Subject: math
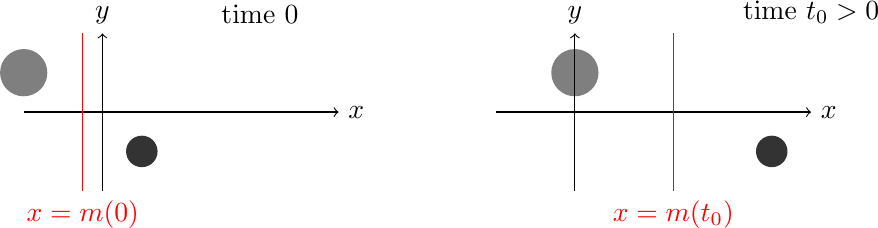
LaTeX code:
			\begin{tikzpicture}

				\draw[->] (-5,0) -- (-1,0);
				\draw (-1,0) node[right]{$x$};
				\draw (-4,1) node[above]{$y$};
				\draw (-2,1) node[above]{time $0$};
				\draw[->] (-4,-1) -- (-4,1);

				\fill[opacity=0.5,black] (-5,0.5) circle(0.3);
				\fill[opacity=0.8,black] (-3.5,-0.5) circle(0.2);

				\draw[color=red] (-4.25,-1) -- (-4.25,1);
				\draw[color=red] (-4.25,-1) node[below]{$x=m(0)$};

				\draw[->] (1,0) -- (5,0);
				\draw[->] (2,-1) -- (2,1);
				\draw (5,0) node[right]{$x$};
				\draw (2,1) node[above]{$y$};
				\draw (5,1) node[above]{time $t_0>0$};

				\fill[opacity=0.5,black] (2,0.5) circle(0.3);
				\fill[opacity=0.8,black] (4.5,-0.5) circle(0.2);

				\draw[color=red] (3.25,-1) -- (3.25,1);
				\draw[color=red] (3.25,-1) node[below]{$x=m(t_0)$};
			\end{tikzpicture}